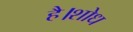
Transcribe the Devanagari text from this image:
है।शोध